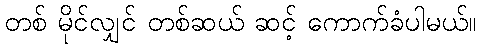
တစ် မိုင်လျှင် တစ်ဆယ် ဆင့် ကောက်ခံပါမယ်။